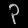
Digit: ၃